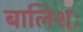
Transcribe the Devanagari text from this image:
बालिशः